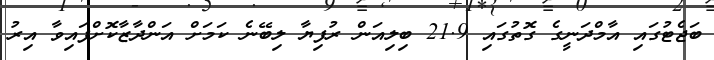
ބަޖެޓުގައި އާމްދަނީގެ ގޮތުގައި 21.9 ބިލިއަން ރުފިޔާ ލިބޭނެ ކަމަށް އަންދާޒާކޮށްފައިވާ އިރު